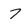
Character: 7